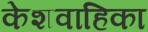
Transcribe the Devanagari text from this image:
केशवाहिका